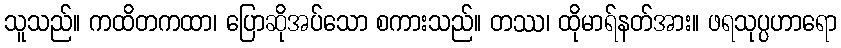
သူသည်။ ကထိတကထာ၊ ပြောဆိုအပ်သော စကားသည်။ တဿ၊ ထိုမာရ်နတ်အား။ ဖရသုပ္ပဟာရော